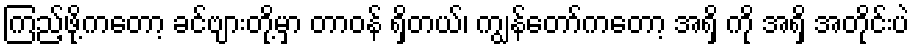
ကြည့်ဖို့ကတော့ ခင်ဗျားတို့မှာ တာဝန် ရှိတယ်၊ ကျွန်တော်ကတော့ အရှိ ကို အရှိ အတိုင်းပဲ